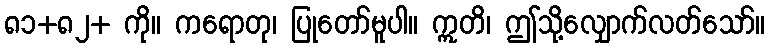
၈၁+၈၂+ ကို။ ကရောတု၊ ပြုတော်မူပါ။ ဣတိ၊ ဤသို့လျှောက်လတ်သော်။